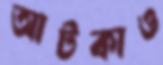
আটকাও